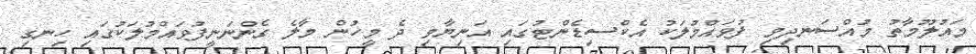
މައުލޫމާތު މުއްސަނދިވި ފުވައްމުލަކު އެކްސިޑެންޓުގައި އަނިޔާވި ދެ މީހުން މާލެ ގެންނަނީފުވައްމުލަކުގައި ހިނގި